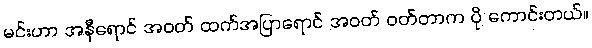
မင်းဟာ အနီရောင် အဝတ် ထက်အပြာရောင် အဝတ် ဝတ်တာက ပို ကောင်းတယ်။